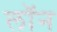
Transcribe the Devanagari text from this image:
लाॅन